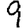
Digit: 9